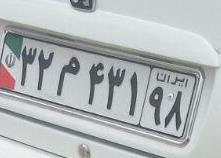
۳۲م۴۳۱۹۸